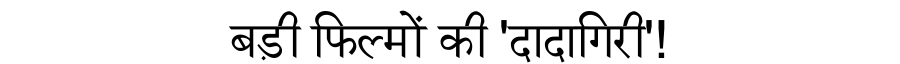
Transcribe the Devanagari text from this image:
बड़ी फिल्मों की 'दादागिरी'!